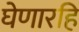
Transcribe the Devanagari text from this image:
घेणारहि